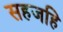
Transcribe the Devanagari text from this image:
सहजहि